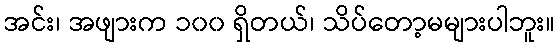
အင်း၊ အဖျားက ၁၀၀ ရှိတယ်၊ သိပ်တော့မများပါဘူး။